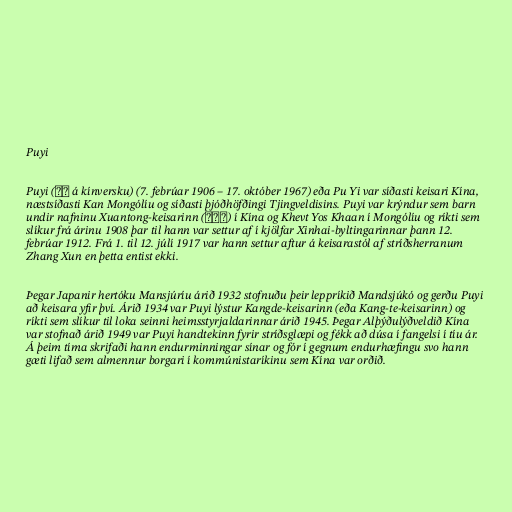
Puyi

Puyi (溥儀 á kínversku) (7. febrúar 1906 – 17. október 1967) eða Pu Yi var síðasti keisari Kína,
næstsíðasti Kan Mongólíu og síðasti þjóðhöfðingi Tjingveldisins. Puyi var krýndur sem barn
undir nafninu Xuantong-keisarinn (宣統帝) í Kína og Khevt Yos Khaan í Mongólíu og ríkti sem
slíkur frá árinu 1908 þar til hann var settur af í kjölfar Xinhai-byltingarinnar þann 12.
febrúar 1912. Frá 1. til 12. júlí 1917 var hann settur aftur á keisarastól af stríðsherranum
Zhang Xun en þetta entist ekki.

Þegar Japanir hertóku Mansjúríu árið 1932 stofnuðu þeir leppríkið Mandsjúkó og gerðu Puyi
að keisara yfir því. Árið 1934 var Puyi lýstur Kangde-keisarinn (eða Kang-te-keisarinn) og
ríkti sem slíkur til loka seinni heimsstyrjaldarinnar árið 1945. Þegar Alþýðulýðveldið Kína
var stofnað árið 1949 var Puyi handtekinn fyrir stríðsglæpi og fékk að dúsa í fangelsi í tíu ár.
Á þeim tíma skrifaði hann endurminningar sínar og fór í gegnum endurhæfingu svo hann
gæti lifað sem almennur borgari í kommúnistaríkinu sem Kína var orðið.